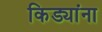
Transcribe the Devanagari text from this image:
किड्यांना